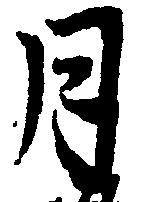
月